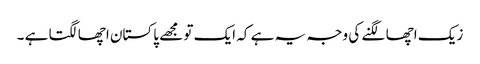
زیک اچھا لگنے کی وجہ یہ ہے کہ ایک تو مجھے پاکستان اچھا لگتا ہے ۔